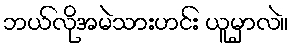
ဘယ်လိုအမဲသားဟင်း ယူမှာလဲ။